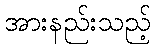
အားနည်းသည့်